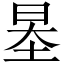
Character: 𡋵